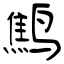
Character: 鹪